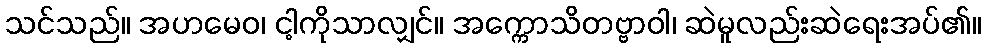
သင်သည်။ အဟမေဝ၊ ငါ့ကိုသာလျှင်။ အက္ကောသိတဗ္ဗာဝါ၊ ဆဲမူလည်းဆဲရေးအပ်၏။